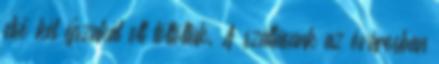
első két éjszakát ott töltöttük. A szállásunk az óvárosban